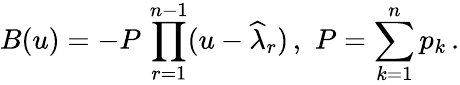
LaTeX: B(u)=-P\, \prod_{r=1}^{n-1}(u-\widehat{\lambda}_{r})\, ,\, \, P=\sum_{k=1}^{n}p_{k}\, .